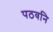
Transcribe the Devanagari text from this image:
पठवनि